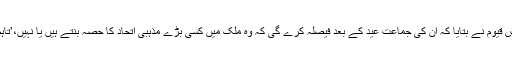
ملی مسلم لیگ کے سیکریٹری اطلاعات تابش قیوم نے بتایا کہ ان کی جماعت عید کے بعد فیصلہ کرے گی کہ وہ ملک میں کسی بڑے مذہبی اتحاد کا حصہ بنتے ہیں یا نہیں،’تاہم اللہ اکبر تحریک کے ساتھ ہمارا اتحاد ہے۔